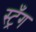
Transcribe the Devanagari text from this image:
स्ट्रँग